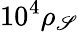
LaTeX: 10^{4}\rho_{\mathscr{S}}